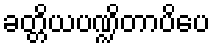
ခတ္တိယပဏ္ဍိတာပိပေ